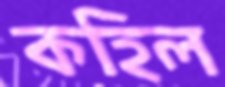
কহিল